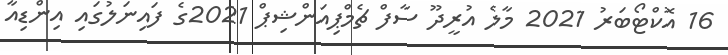
16 އޮކްޓޯބަރު 2021 މާލެ އުރީދޫ ސާފް ޗެމްޕިއަންޝިޕް 2021ގެ ފައިނަލުގައި އިންޑިއާ